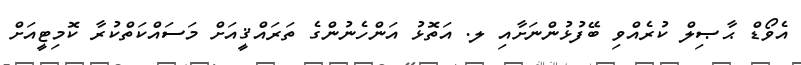
އެވޯޑް ޙާޞިލް ކުރެއްވި ބޭފުޅުންނަށާއި ލ. އަތޮޅު އަންހެނުންގެ ތަރައްޤީއަށް މަސައްކަތްކުރާ ކޮމިޓީއަށް